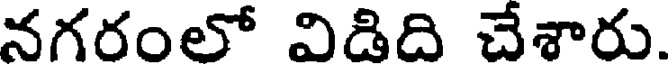
నగరంలో విడిది చేశారు.